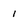
Character: I